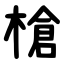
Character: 槍